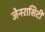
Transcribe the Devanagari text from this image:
जेनरासिटी